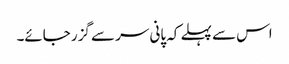
اس سے پہلے کہ پانی سر سے گزر جائے۔